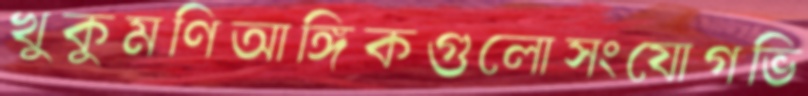
খুকুমণিআঙ্গিকগুলোসংযোগভি